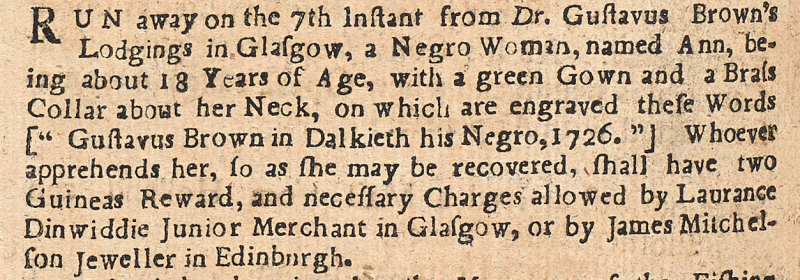
Edinburgh Evening Courant, 13 February 1727 (Scotland)
RUN away on the 7th Instant from Dr. Gustavus Brown’s Lodgings in Glasgow, a Negro Woman, named Ann, being about 18 Years of Age, with a green Gown and a Brass Collar about her Neck, on which are engraved these Words [“Gustavus Brown in Dalkieth his Negro, 1726.”] Whoever apprehends her, so as she may be recovered, shall have two Guineas Reward, and necessary Charges allowed by Laurance Dinwiddie Junior Merchant in Glasgow, or by James Mitchelson, Jeweller in Edinburgh.